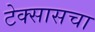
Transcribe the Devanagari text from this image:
टेक्सासचा